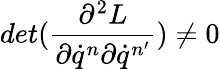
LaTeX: det(\frac{\partial^{2}L}{\partial\dot{q}^{n}\partial\dot{q}^{n^{\prime}}})\neq 0